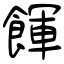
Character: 餫